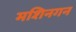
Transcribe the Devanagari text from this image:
मशिनगन